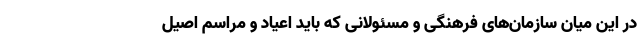
در این میان سازمان‌های فرهنگی و مسئولانی که باید اعیاد و مراسم اصیل